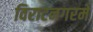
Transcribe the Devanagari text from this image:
विराटनगरमे